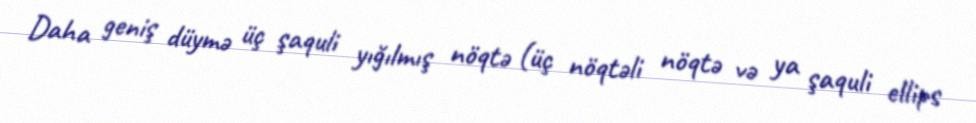
Daha geniş düymə üç şaquli yığılmış nöqtə (üç nöqtəli nöqtə və ya şaquli ellips